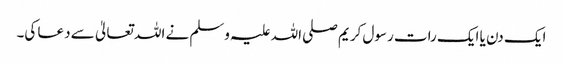
ایک دن یا ایک رات رسول کریم صلی اللہ علیہ وسلم نے اللہ تعالیٰ سے دعا کی۔